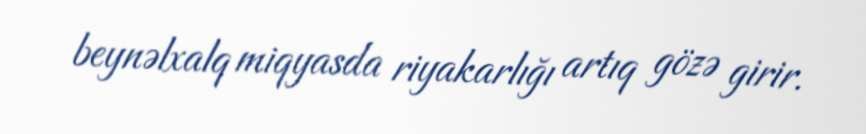
beynəlxalq miqyasda riyakarlığı artıq gözə girir.